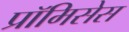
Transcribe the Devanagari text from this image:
प्रॉमिसेस